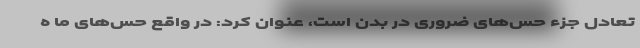
تعادل جزء حس‌های ضروری در بدن است، عنوان کرد: در واقع حس‌های ما ه